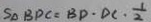
S _ { \Delta } B D C = B D \cdot D C \cdot \frac { 1 } { 2 }